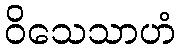
ဝိသေသာဟံ